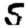
Digit: 5